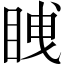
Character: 𭾫